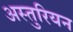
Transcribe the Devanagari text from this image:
अस्तुरियन